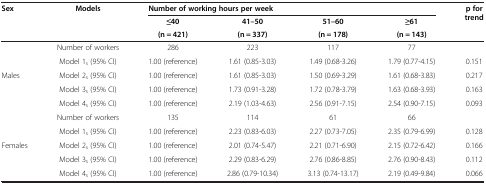
<table><thead><tr><td rowspan="3"><b>Sex</b></td><td rowspan="3"><b>Models</b></td><td colspan="4"><b>Number of working hours per week</b></td><td rowspan="3"><b>p for trend</b></td></tr><tr><td><b>≤40</b></td><td><b>41–50</b></td><td><b>51–60</b></td><td><b>≥61</b></td></tr><tr><td><b>(n = 421)</b></td><td><b>(n = 337)</b></td><td><b>(n = 178)</b></td><td><b>(n = 143)</b></td></tr></thead><tbody><tr><td rowspan="5">Males</td><td>Number of workers</td><td>286</td><td>223</td><td>117</td><td>77</td><td> </td></tr><tr><td>Model 1<sub>s</sub> (95% CI)</td><td>1.00 (reference)</td><td>1.61 (0.85-3.03)</td><td>1.49 (0.68-3.26)</td><td>1.79 (0.77-4.15)</td><td>0.151</td></tr><tr><td>Model 2<sub>s</sub> (95% CI)</td><td>1.00 (reference)</td><td>1.61 (0.85-3.03)</td><td>1.50 (0.69-3.29)</td><td>1.61 (0.68-3.83)</td><td>0.217</td></tr><tr><td>Model 3<sub>s</sub> (95% CI)</td><td>1.00 (reference)</td><td>1.73 (0.91-3.28)</td><td>1.72 (0.78-3.79)</td><td>1.63 (0.68-3.93)</td><td>0.163</td></tr><tr><td>Model 4<sub>s</sub> (95% CI)</td><td>1.00 (reference)</td><td>2.19 (1.03-4.63)</td><td>2.56 (0.91-7.15)</td><td>2.54 (0.90-7.15)</td><td>0.093</td></tr><tr><td rowspan="5">Females</td><td>Number of workers</td><td>135</td><td>114</td><td>61</td><td>66</td><td> </td></tr><tr><td>Model 1<sub>s</sub> (95% CI)</td><td>1.00 (reference)</td><td>2.23 (0.83-6.03)</td><td>2.27 (0.73-7.05)</td><td>2.35 (0.79-6.99)</td><td>0.128</td></tr><tr><td>Model 2<sub>s</sub> (95% CI)</td><td>1.00 (reference)</td><td>2.01 (0.74-5.47)</td><td>2.21 (0.71-6.90)</td><td>2.15 (0.72-6.42)</td><td>0.166</td></tr><tr><td>Model 3<sub>s</sub> (95% CI)</td><td>1.00 (reference)</td><td>2.29 (0.83-6.29)</td><td>2.76 (0.86-8.85)</td><td>2.76 (0.90-8.43)</td><td>0.112</td></tr><tr><td>Model 4<sub>s</sub> (95% CI)</td><td>1.00 (reference)</td><td>2.86 (0.79-10.34)</td><td>3.13 (0.74-13.17)</td><td>2.19 (0.49-9.84)</td><td>0.066</td></tr></tbody></table>